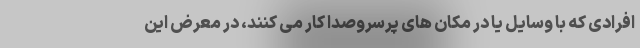
افرادی که با وسایل یا در مکان های پرسروصدا کار می کنند، در معرض این